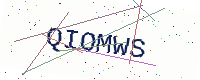
Text: QIOMWS